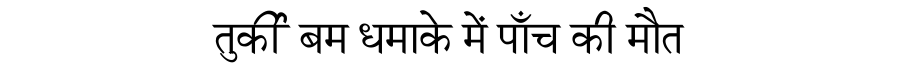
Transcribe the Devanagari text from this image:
तुर्की बम धमाके में पाँच की मौत